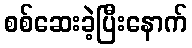
စစ်ဆေးခဲ့ပြီးနောက်